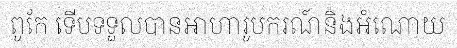
ពូកែ ទើបទទួលបានអាហារូបករណ៍និងអំណោយ